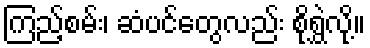
ကြည့်စမ်း၊ ဆံပင်တွေလည်း စိုရွှဲလို့။